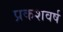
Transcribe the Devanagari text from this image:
प्रकशवर्ष